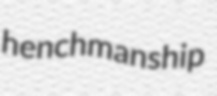
henchmanship